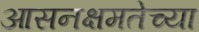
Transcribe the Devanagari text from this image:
आसनक्षमतेच्या